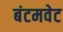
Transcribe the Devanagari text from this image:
बंटमवेट